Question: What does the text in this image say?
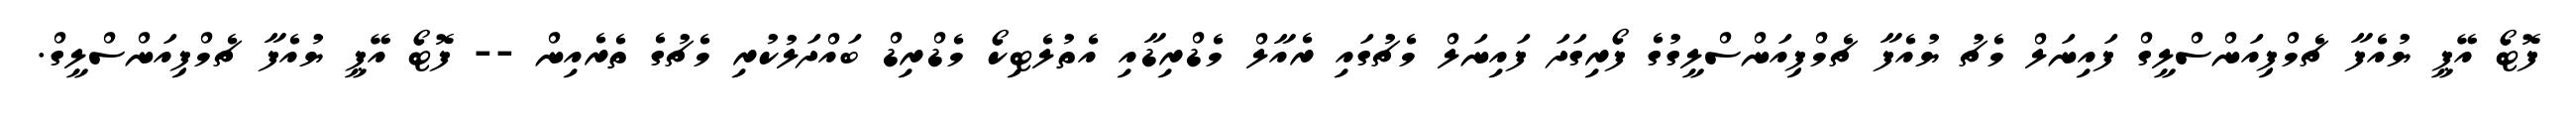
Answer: ފޮޓޯ އޭޕީ ޔުއެފާ ޗެމްޕިއަންސްލީގް ފައިނަލް މެޗު ޔުއެފާ ޗެމްޕިއަންސްލީގުގެ ފޯރިގަދަ ފައިނަލް މެޗުގައި ރެއާލް މެޑްރިޑާއި އެތުލެޓިކޯ މެޑްރިޑް ބައްދަލުކުރި މެޗުގެ ތެރެއިން -- ފޮޓޯ އޭޕީ ޔުއެފާ ޗެމްޕިއަންސްލީގް.